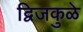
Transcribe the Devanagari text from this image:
द्विजकुळे